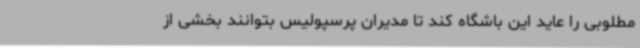
مطلوبی را عاید این باشگاه کند تا مدیران پرسپولیس بتوانند بخشی از